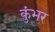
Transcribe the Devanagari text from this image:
कुंभर